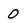
Character: 0